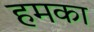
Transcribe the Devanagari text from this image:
हमका